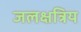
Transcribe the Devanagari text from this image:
जलक्षत्रिय